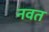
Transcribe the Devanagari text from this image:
नवत